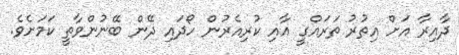
ދާއިރާ އަށް އިތުރު ތަރައްގީ އާއި ކުރިއެރުން ހޯދައި ދޭން ބޭނުންވާތީ ކަމަށެވެ.